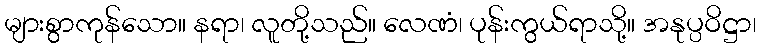
များစွာကုန်သော။ နရာ၊ လူတို့သည်။ လေဏံ၊ ပုန်းကွယ်ရာသို့။ အနုပ္ပဝိဋ္ဌာ၊